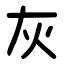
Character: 灰